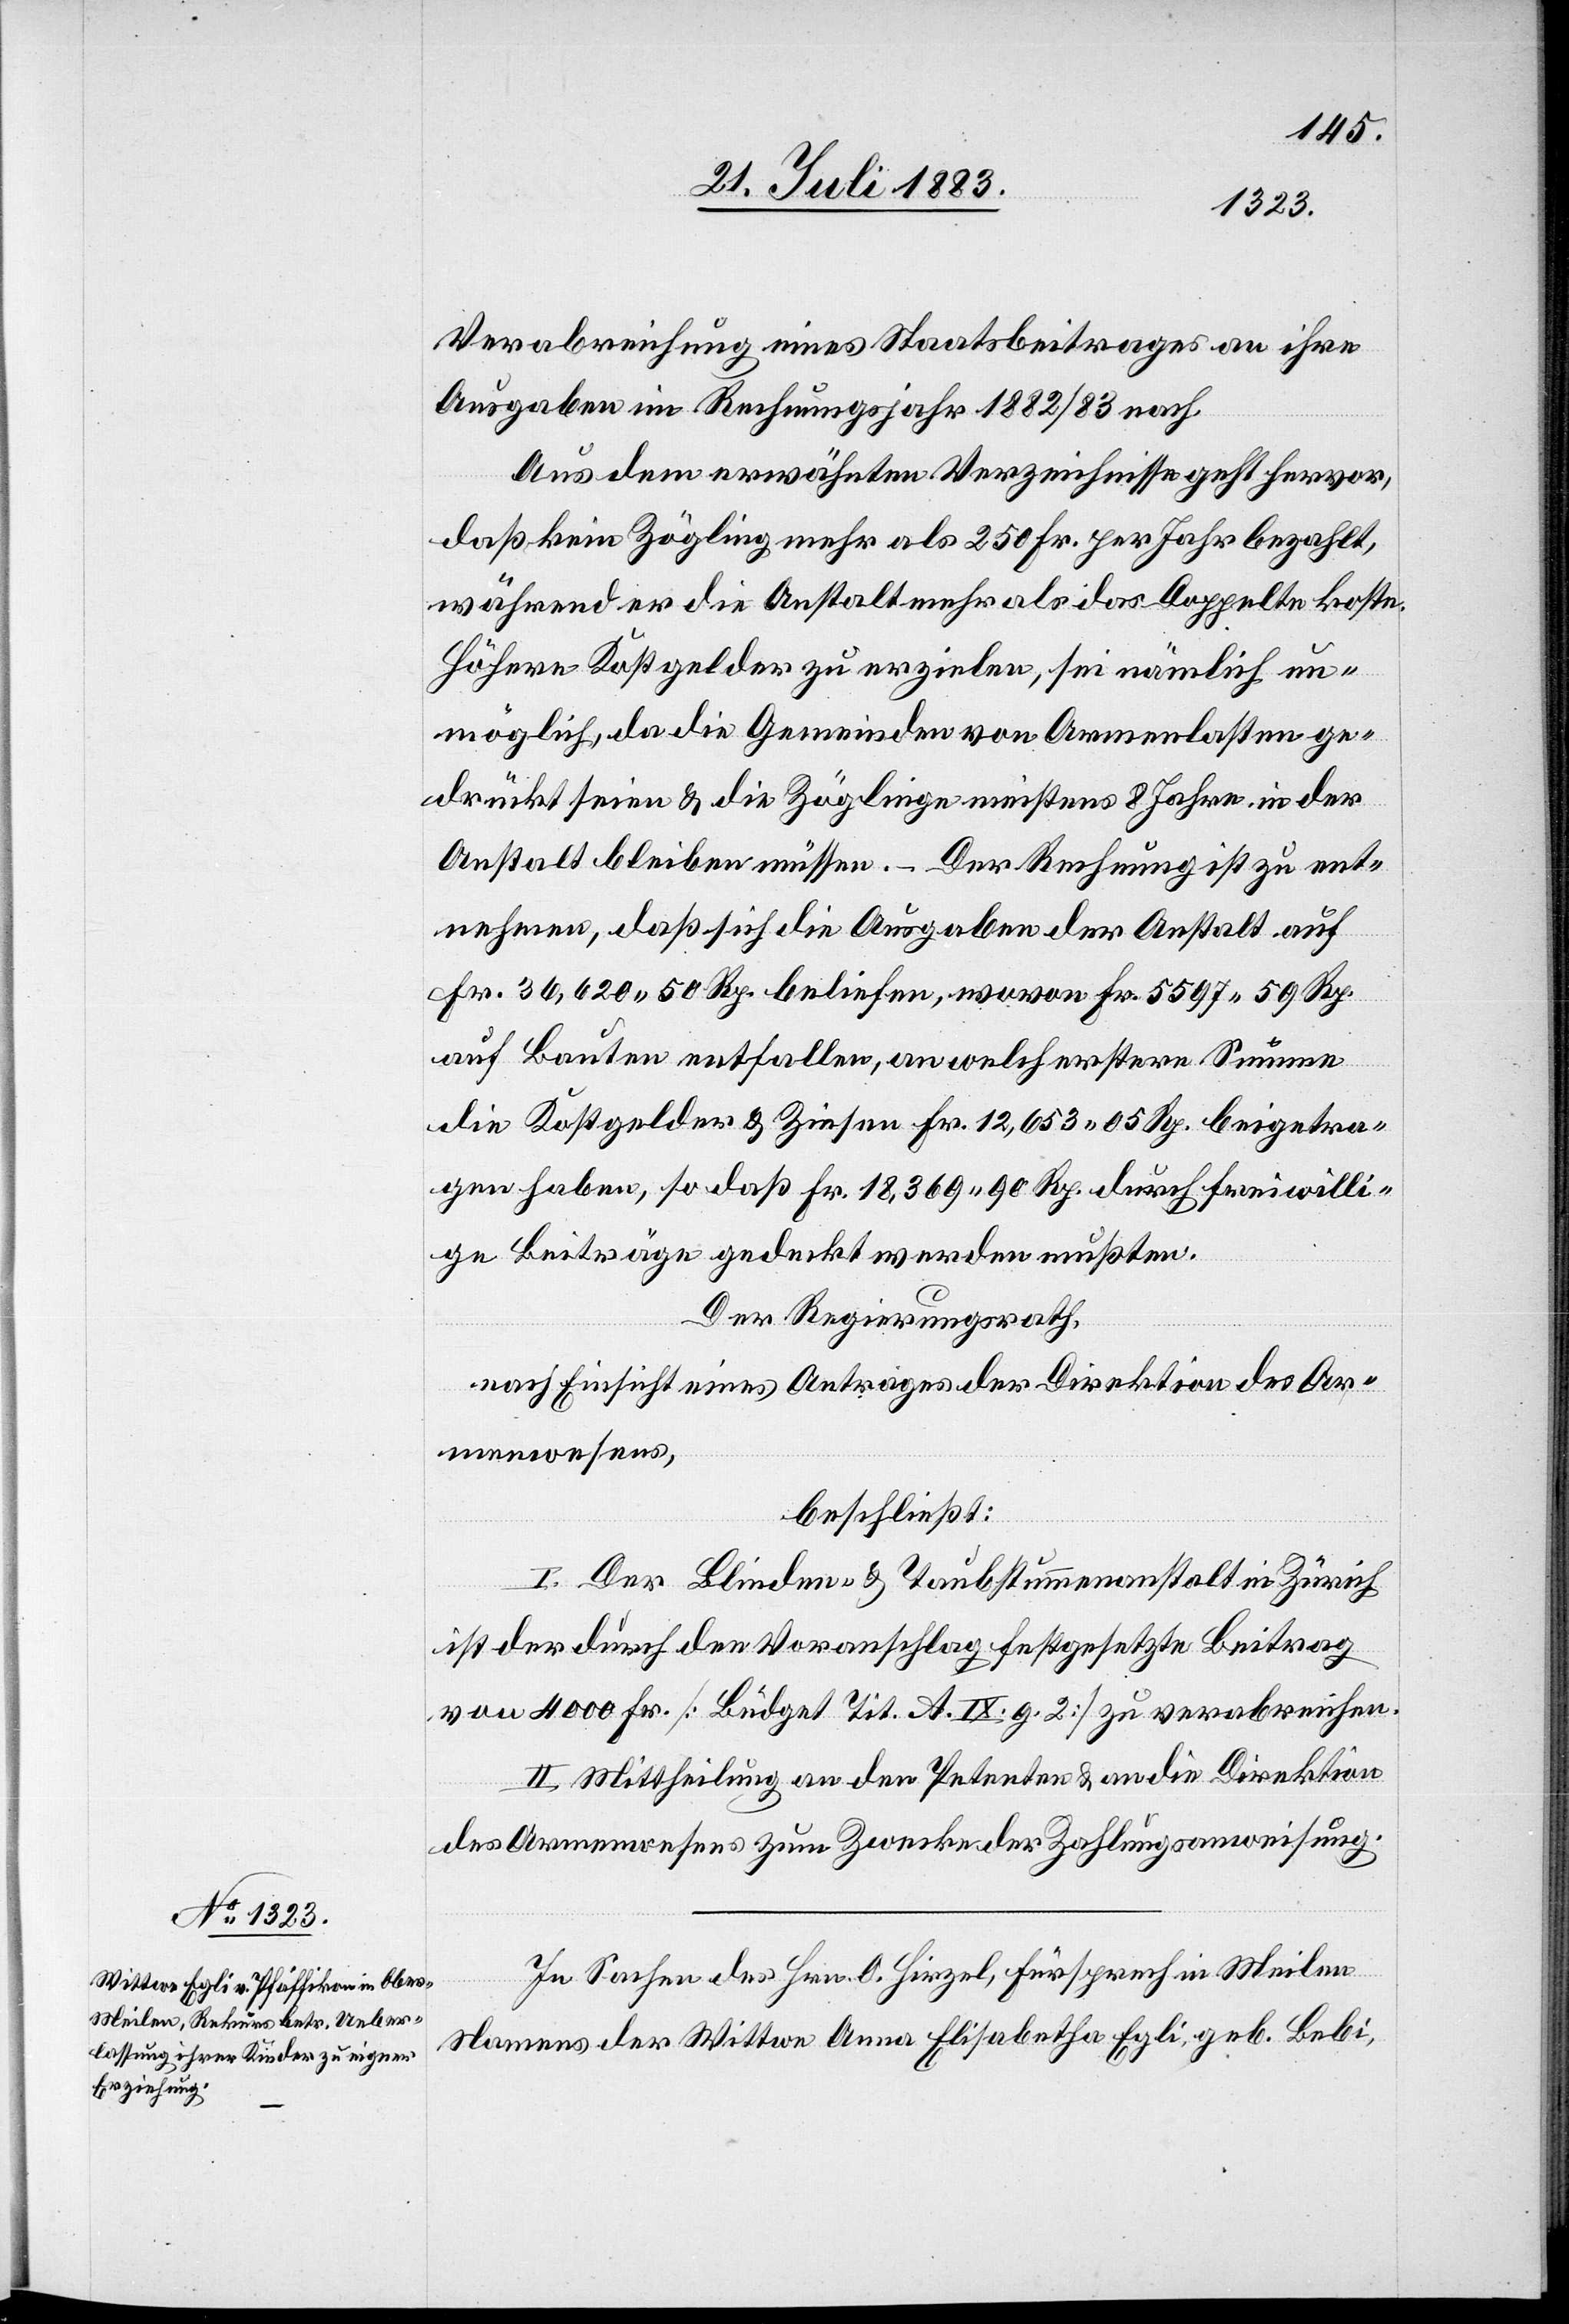
Verabreichung eines Staatsbeitrages an ihre
Ausgaben im Rechnungsjahr 1882/83 nach.
Aus dem erwähnten Verzeichnisse geht hervor,
daß kein Zögling mehr als 250 Fr. per Jahr bezahlt,
während er die Anstalt mehr als das Doppelte koste.
Höhere Kostgelder zu erzielen, sei nämlich un¬
möglich, da die Gemeinden von Armenlasten ge¬
drückt seien & die Zöglinge mindestens 8 Jahre in der
Anstalt bleiben müssen. – Der Rechnung ist zu ent¬
nehmen, daß sich die Ausgaben der Anstalt auf
Fr. 36,620 50 Rp. beliefen, wovon Fr. 5597 59 Rp.
auf Bauten entfallen, an welch erstere Summe
die Kostgelder & Zinsen Fr. 12,653 95 Rp. beigetra¬
gen haben, so daß Fr. 18,369 90 Rp. durch freiwilli¬
ge Beiträge gedeckt werden mußten.
Der Regierungsrath,
nach Einsicht eines Antrages der Direktion des Ar¬
menwesens,
beschließt:
I. Der Blinden- & Taubstummenanstalt in Zürich
ist der durch den Voranschlag festgesetzte Beitrag
von 4000 Fr. [Büdget Tit. A. IX. g. 2] zu verabreichen.
II. Mittheilung an den Petenten & an die Direktion
des Armenwesens zum Zwecke der Zahlungsanweisung.
In Sachen des Hrn. O. Hirzel, Fürsprech in Meilen
Namens der Wittwe Anna Elisabetha Egli, geb. Bebi,